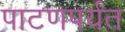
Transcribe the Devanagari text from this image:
पाटणपर्यंत